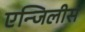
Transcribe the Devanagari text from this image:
एन्जिलीस